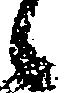
候